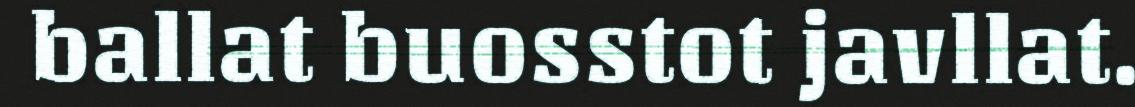
ballat buosstot javllat.